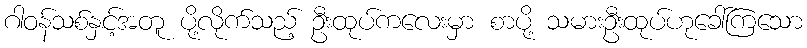
ဂါဝန်သစ်နှင့်အတူ ပို့လိုက်သည့် ဦးထုပ်ကလေးမှာ စာပို့ သမားဦးထုပ်ဟုခေါ်ကြသော